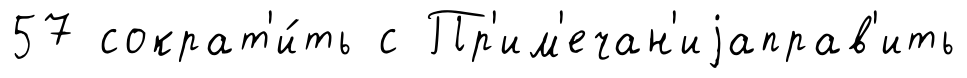
57 сократ'и́ть с Пр'им'ечан'иjаправ'ить